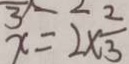
x = 2 \times \frac { 2 } { 3 }